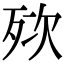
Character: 𣧸